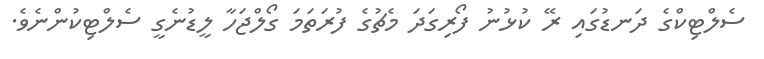
ސެލްޓިކްގެ ދަނޑުގައި ރޭ ކުޅުނު ފޯރިގަދަ މެޗުގެ ފުރަތަމަ ގޯލްޖަހާ ލީޑުނެގީ ސެލްޓިކުންނެވެ.